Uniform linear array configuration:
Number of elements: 12
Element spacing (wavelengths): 1
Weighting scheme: blackman
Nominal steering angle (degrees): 15
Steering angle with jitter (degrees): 16.867
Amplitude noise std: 0.05
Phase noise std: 0.05

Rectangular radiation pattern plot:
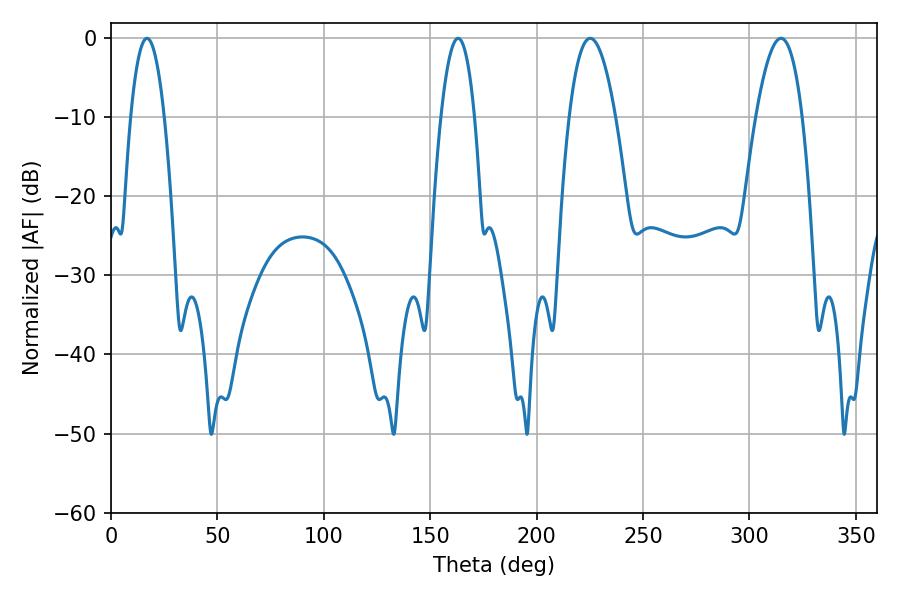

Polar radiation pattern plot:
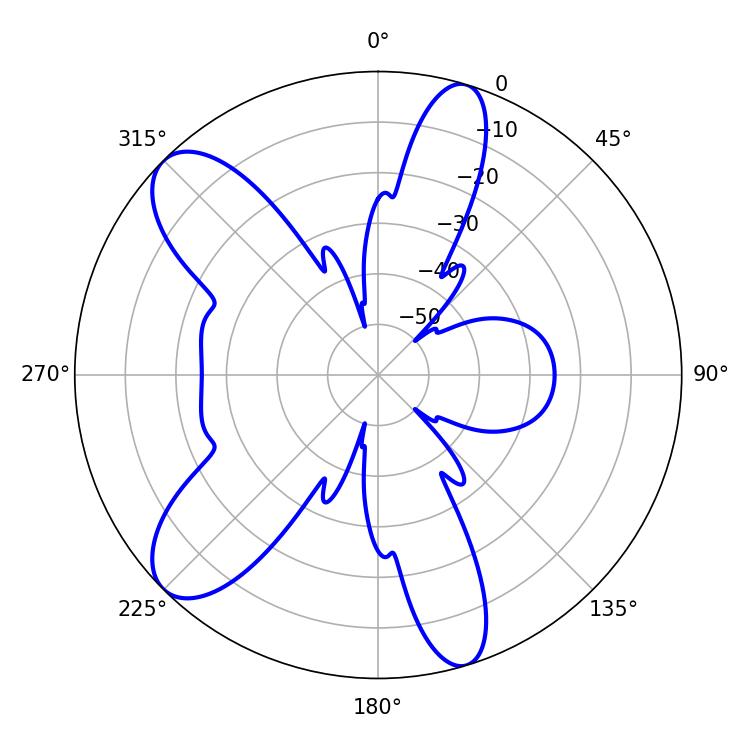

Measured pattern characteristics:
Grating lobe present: TRUE
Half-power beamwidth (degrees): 12.06
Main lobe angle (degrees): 225.18